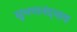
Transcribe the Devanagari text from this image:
सुभगानंदनाथ